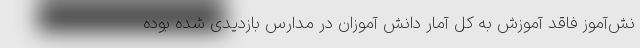
نش‌آموز فاقد آموزش به کل آمار دانش آموزان در مدارس بازدیدی شده بوده